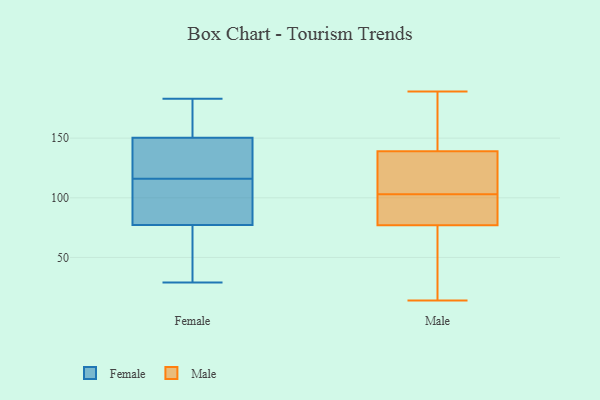
{"axis": {"x": "Active Users", "y": "Value"}, "legend": ["Female", "Male"], "data": [{"x": "", "y": 173, "type": "Female"}, {"x": "", "y": 29, "type": "Female"}, {"x": "", "y": 169, "type": "Female"}, {"x": "", "y": 116, "type": "Female"}, {"x": "", "y": 37, "type": "Female"}, {"x": "", "y": 82, "type": "Female"}, {"x": "", "y": 144, "type": "Female"}, {"x": "", "y": 86, "type": "Female"}, {"x": "", "y": 112, "type": "Female"}, {"x": "", "y": 183, "type": "Female"}, {"x": "", "y": 122, "type": "Female"}, {"x": "", "y": 63, "type": "Female"}, {"x": "", "y": 143, "type": "Female"}, {"x": "", "y": 71, "type": "Male"}, {"x": "", "y": 14, "type": "Male"}, {"x": "", "y": 104, "type": "Male"}, {"x": "", "y": 78, "type": "Male"}, {"x": "", "y": 110, "type": "Male"}, {"x": "", "y": 135, "type": "Male"}, {"x": "", "y": 45, "type": "Male"}, {"x": "", "y": 102, "type": "Male"}, {"x": "", "y": 95, "type": "Male"}, {"x": "", "y": 189, "type": "Male"}, {"x": "", "y": 187, "type": "Male"}, {"x": "", "y": 139, "type": "Male"}, {"x": "", "y": 110, "type": "Male"}, {"x": "", "y": 67, "type": "Male"}, {"x": "", "y": 79, "type": "Male"}, {"x": "", "y": 77, "type": "Male"}, {"x": "", "y": 183, "type": "Male"}, {"x": "", "y": 168, "type": "Male"}]}